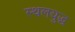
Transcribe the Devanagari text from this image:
स्थलयुद्ध